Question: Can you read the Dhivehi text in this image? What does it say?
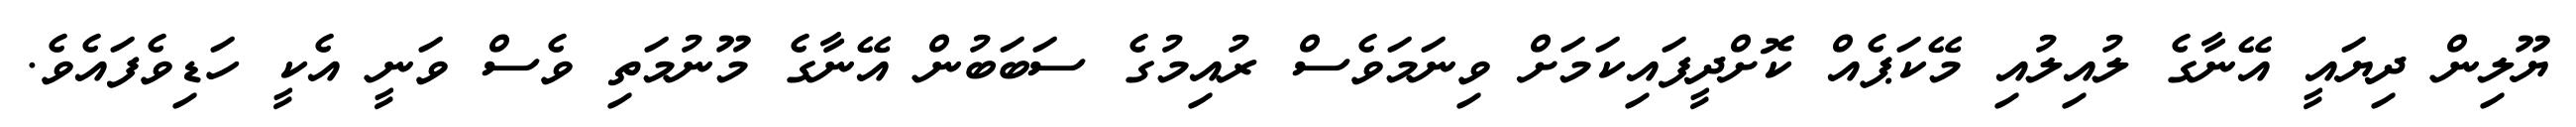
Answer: ޔޫލިން ދިޔައީ އޭނާގެ ލުއިލުއި މޭކަޕެއް ކޮށްދީފައިކަމަށް ވިނަމަވެސް ރުއިމުގެ ސަބަބުން އޭނާގެ މޫނުމަތި ވެސް ވަނީ އެކީ ހަޑިވެފައެވެ.